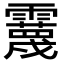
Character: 𩆪